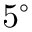
5 ^ { \circ }